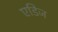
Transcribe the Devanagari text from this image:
एडिज